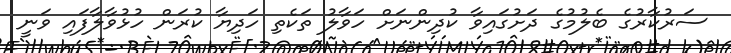
ސަރުކާރުގެ ބެލުމުގެ ދަށުގައިވާ ކުދިންނަށް ހަވާލު ތަކެތި ހަދިޔާ ކުރަން ހުޅުވާލާފައި ވަނީ